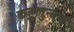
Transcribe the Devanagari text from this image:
कहुलुन्नण